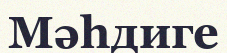
Мәһдиге